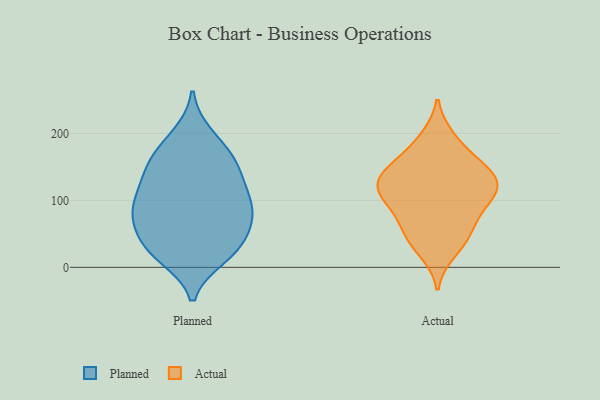
{"axis": {"x": "Net Income (USD K)", "y": "Value"}, "legend": ["Actual", "Planned"], "data": [{"x": "", "y": 197, "type": "Planned"}, {"x": "", "y": 156, "type": "Planned"}, {"x": "", "y": 98, "type": "Planned"}, {"x": "", "y": 67, "type": "Planned"}, {"x": "", "y": 30, "type": "Planned"}, {"x": "", "y": 126, "type": "Planned"}, {"x": "", "y": 22, "type": "Planned"}, {"x": "", "y": 102, "type": "Planned"}, {"x": "", "y": 152, "type": "Planned"}, {"x": "", "y": 72, "type": "Planned"}, {"x": "", "y": 185, "type": "Planned"}, {"x": "", "y": 159, "type": "Planned"}, {"x": "", "y": 89, "type": "Planned"}, {"x": "", "y": 33, "type": "Planned"}, {"x": "", "y": 73, "type": "Planned"}, {"x": "", "y": 25, "type": "Planned"}, {"x": "", "y": 16, "type": "Planned"}, {"x": "", "y": 69, "type": "Planned"}, {"x": "", "y": 142, "type": "Planned"}, {"x": "", "y": 107, "type": "Planned"}, {"x": "", "y": 56, "type": "Actual"}, {"x": "", "y": 194, "type": "Actual"}, {"x": "", "y": 154, "type": "Actual"}, {"x": "", "y": 129, "type": "Actual"}, {"x": "", "y": 132, "type": "Actual"}, {"x": "", "y": 122, "type": "Actual"}, {"x": "", "y": 188, "type": "Actual"}, {"x": "", "y": 45, "type": "Actual"}, {"x": "", "y": 23, "type": "Actual"}, {"x": "", "y": 114, "type": "Actual"}, {"x": "", "y": 72, "type": "Actual"}, {"x": "", "y": 103, "type": "Actual"}, {"x": "", "y": 72, "type": "Actual"}, {"x": "", "y": 35, "type": "Actual"}, {"x": "", "y": 107, "type": "Actual"}, {"x": "", "y": 152, "type": "Actual"}, {"x": "", "y": 151, "type": "Actual"}, {"x": "", "y": 141, "type": "Actual"}, {"x": "", "y": 114, "type": "Actual"}, {"x": "", "y": 97, "type": "Actual"}]}